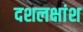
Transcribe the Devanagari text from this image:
दशलक्षांश